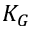
K _ { G }